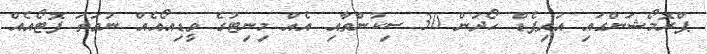
ޕްރޮމޯޝަންގައި އައިޕެޑް ހޯދަން 30 ސިކުންތާއި އެއް މިނިޓުގެ ވީޑިއޯއެއް ނުވަތަ ފޮޓޯއެއް